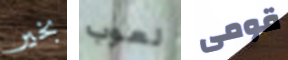
بخير لعوب قومى